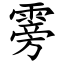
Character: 䨦